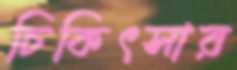
চিকিৎসার